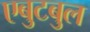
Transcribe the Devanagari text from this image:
एबुटबुल